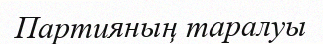
Партияның таралуы